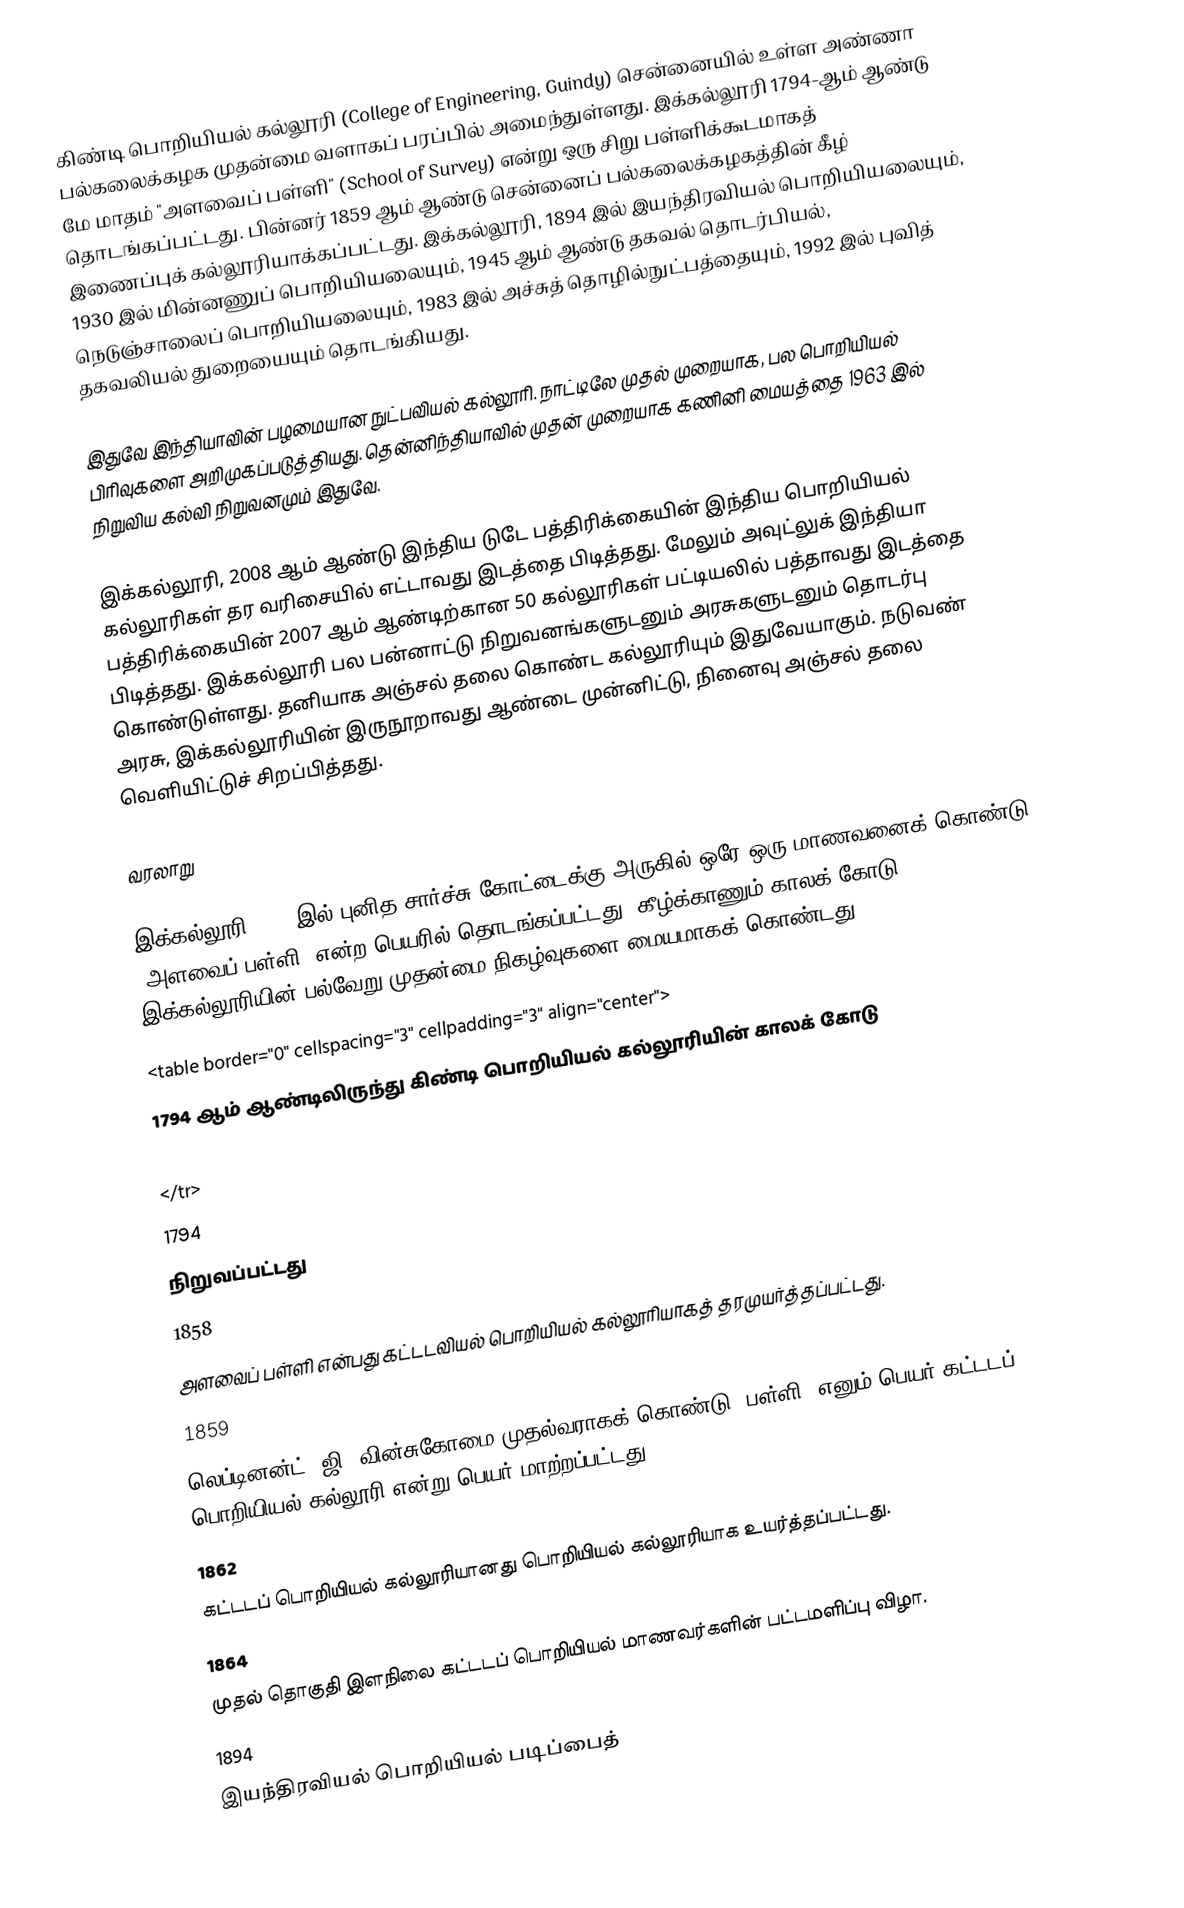
கிண்டி பொறியியல் கல்லூரி (College of Engineering, Guindy) சென்னையில் உள்ள அண்ணா பல்கலைக்கழக முதன்மை வளாகப் பரப்பில் அமைந்துள்ளது. இக்கல்லூரி 1794-ஆம் ஆண்டு மே மாதம் "அளவைப் பள்ளி" (School of Survey) என்று ஒரு சிறு பள்ளிக்கூடமாகத் தொடங்கப்பட்டது. பின்னர் 1859 ஆம் ஆண்டு சென்னைப் பல்கலைக்கழகத்தின் கீழ் இணைப்புக் கல்லூரியாக்கப்பட்டது. இக்கல்லூரி, 1894 இல் இயந்திரவியல் பொறியியலையும், 1930 இல் மின்னணுப் பொறியியலையும், 1945 ஆம் ஆண்டு தகவல் தொடர்பியல், நெடுஞ்சாலைப் பொறியியலையும், 1983 இல் அச்சுத் தொழில்நுட்பத்தையும், 1992 இல் புவித் தகவலியல் துறையையும் தொடங்கியது.

இதுவே இந்தியாவின் பழமையான நுட்பவியல் கல்லூரி. நாட்டிலே முதல் முறையாக, பல பொறியியல் பிரிவுகளை அறிமுகப்படுத்தியது. தென்னிந்தியாவில் முதன் முறையாக கணினி மையத்தை 1963 இல் நிறுவிய கல்வி நிறுவனமும் இதுவே.

இக்கல்லூரி, 2008 ஆம் ஆண்டு இந்திய டுடே பத்திரிக்கையின் இந்திய பொறியியல் கல்லூரிகள் தர வரிசையில் எட்டாவது இடத்தை பிடித்தது. மேலும் அவுட்லுக் இந்தியா பத்திரிக்கையின் 2007 ஆம் ஆண்டிற்கான 50 கல்லூரிகள் பட்டியலில் பத்தாவது இடத்தை பிடித்தது. இக்கல்லூரி பல பன்னாட்டு நிறுவனங்களுடனும் அரசுகளுடனும் தொடர்பு கொண்டுள்ளது. தனியாக அஞ்சல் தலை கொண்ட கல்லூரியும் இதுவேயாகும். நடுவண் அரசு, இக்கல்லூரியின் இருநூறாவது ஆண்டை முன்னிட்டு, நினைவு அஞ்சல் தலை வெளியிட்டுச் சிறப்பித்தது.

வரலாறு

இக்கல்லூரி 1794 இல் புனித சார்ச்சு கோட்டைக்கு அருகில் ஒரே ஒரு மாணவனைக் கொண்டு "அளவைப் பள்ளி" என்ற பெயரில் தொடங்கப்பட்டது. கீழ்க்காணும் காலக் கோடு இக்கல்லூரியின் பல்வேறு முதன்மை நிகழ்வுகளை மையமாகக் கொண்டது.
<table  border="0" cellspacing="3" cellpadding="3" align="center">
	1794 ஆம் ஆண்டிலிருந்து கிண்டி பொறியியல் கல்லூரியின் காலக் கோடு

</tr>
	1794
	நிறுவப்பட்டது
	1858
	அளவைப் பள்ளி என்பது கட்டடவியல் பொறியியல் கல்லூரியாகத் தரமுயர்த்தப்பட்டது.
	1859
	லெப்டினன்ட். ஜி. வின்சுகோமை முதல்வராகக் கொண்டு 'பள்ளி' எனும் பெயர் கட்டடப் பொறியியல் கல்லூரி என்று பெயர் மாற்றப்பட்டது.
	1862
	கட்டடப் பொறியியல் கல்லூரியானது பொறியியல் கல்லூரியாக உயர்த்தப்பட்டது.
	1864
	முதல் தொகுதி இளநிலை கட்டடப் பொறியியல் மாணவர்களின் பட்டமளிப்பு விழா.
	1894
	இயந்திரவியல் பொறியியல் படிப்பைத்